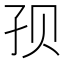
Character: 𱙷